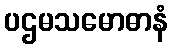
ပဌမသမောဓာနံ